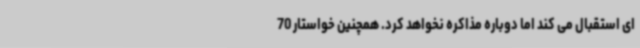
ای استقبال می کند اما دوباره مذاکره نخواهد کرد. همچنین خواستار 70